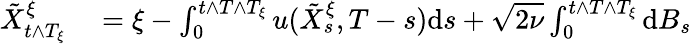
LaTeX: \begin{array}{rl}{\tilde{X}_{t\wedge T_{\xi}}^{\xi}}&{{}=\xi-\int_{0}^{t\wedge T\wedge T_{\xi}}u(\tilde{X}_{s}^{\xi},T-s)\textrm{d}s+\sqrt{2\nu}\int_{0}^{t\wedge T\wedge T_{\xi}}\textrm{d}B_{s}}\end{array}